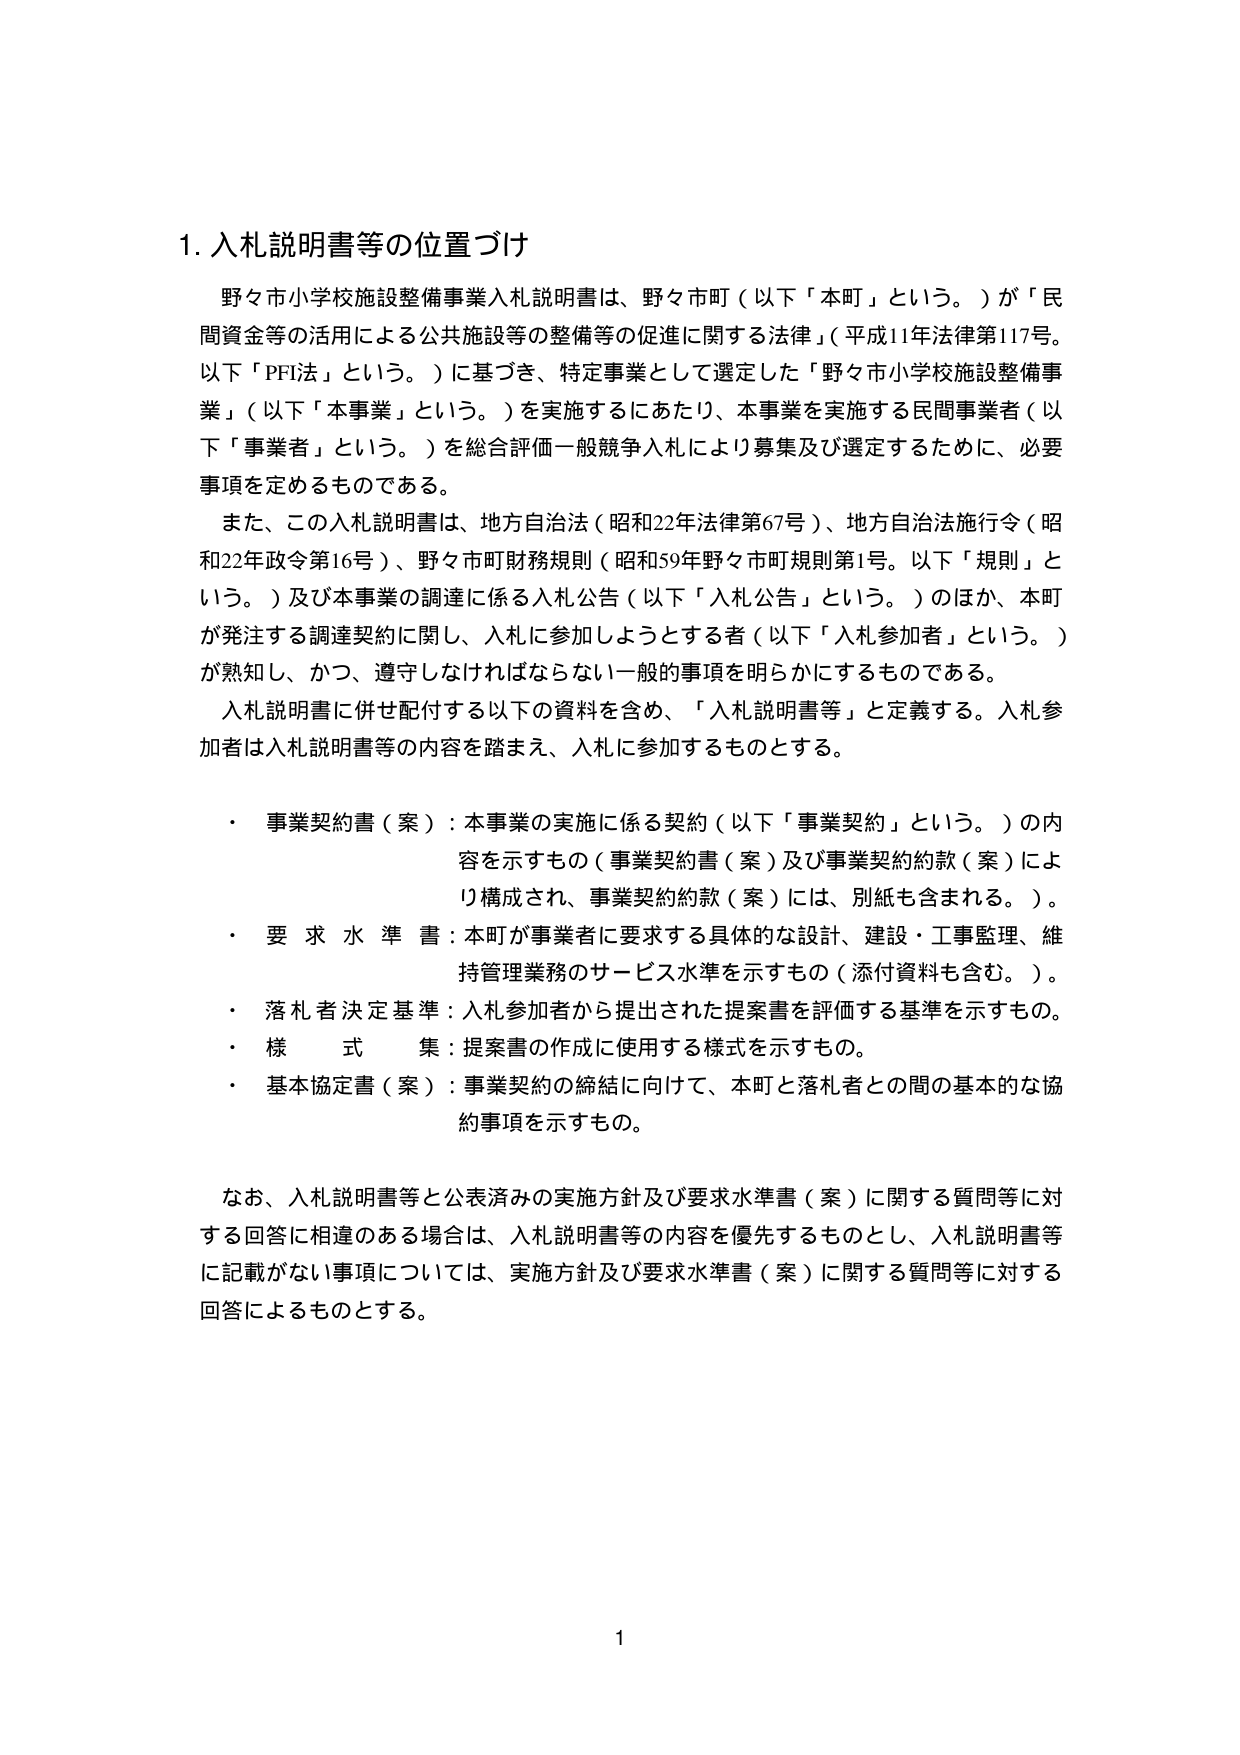
1. 入札説明書等の位置づけ

野々市小学校施設整備事業入札説明書は、野々市町（以下「本町」という。）が「民間資金等の活用による公共施設等の整備等の促進に関する法律」（平成11年法律第117号。以下「PFI法」という。）に基づき、特定事業として選定した「野々市小学校施設整備事業」（以下「本事業」という。）を実施するにあたり、本事業を実施する民間事業者（以下「事業者」という。）を総合評価一般競争入札により募集及び選定するために、必要事項を定めるものである。

また、この入札説明書は、地方自治法（昭和22年法律第67号）、地方自治法施行令（昭和22年政令第16号）、野々市町財務規則（昭和59年野々市町規則第1号。以下「規則」という。）及び本事業の調達に係る入札公告（以下「入札公告」という。）のほか、本町が発注する調達契約に関し、入札に参加しようとする者（以下「入札参加者」という。）が熟知し、かつ、遵守しなければならない一般的事項を明らかにするものである。

入札説明書に併せ配付する以下の資料を含め、「入札説明書等」と定義する。入札参加者は入札説明書等の内容を踏まえ、入札に参加するものとする。

・ 事業契約書（案）：本事業の実施に係る契約（以下「事業契約」という。）の内容を示すもの（事業契約書（案）及び事業契約約款（案）により構成され、事業契約約款（案）には、別紙も含まれる。）。
・ 要求水準書：本町が事業者に要求する具体的な設計、建設・工事監理、維持管理業務のサービス水準を示すもの（添付資料も含む。）。
・ 落札者決定基準：入札参加者から提出された提案書を評価する基準を示すもの。
・ 様式集：提案書の作成に使用する様式を示すもの。
・ 基本協定書（案）：事業契約の締結に向けて、本町と落札者との間の基本的な協約事項を示すもの。

なお、入札説明書等と公表済みの実施方針及び要求水準書（案）に関する質問等に対する回答に相違のある場合は、入札説明書等の内容を優先するものとし、入札説明書等に記載がない事項については、実施方針及び要求水準書（案）に関する質問等に対する回答によるものとする。

1